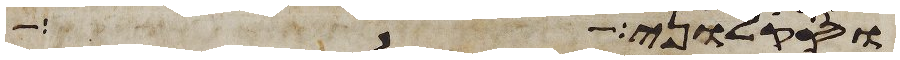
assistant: וסקלוני